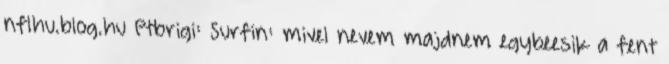
nflhu.blog.hu Ptbrigi: Surfin: mivel nevem majdnem egybeesik a fent